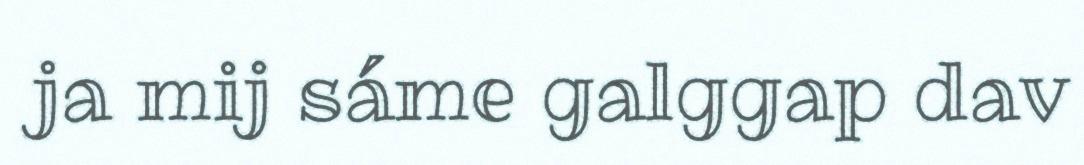
ja mij sáme galggap dav